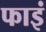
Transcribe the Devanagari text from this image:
फाइं